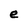
Character: e